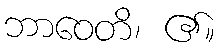
ဘာဝေတိ၊ ၏။